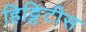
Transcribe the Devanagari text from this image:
हिट्टिटीस